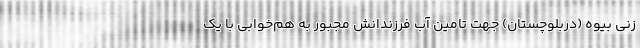
زنی بیوه (دربلوچستان) جهت تامین آب فرزندانش مجبور به هم‌خوابی با یک